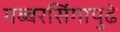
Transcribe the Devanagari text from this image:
गब्बरसिंगापुढे